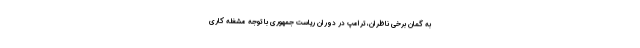
به گمان برخی ناظران، ترامپ در دوران ریاست جمهوری با توجه مشغله کاری